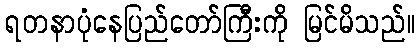
ရတနာပုံနေပြည်တော်ကြီးကို မြင်မိသည်။